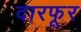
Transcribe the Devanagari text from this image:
दारफूर